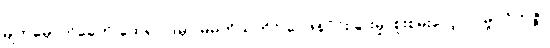
မျက်မှောက်ခေတ် ထေရဝါဒမှာ မိမိကိုယ်တိုင် ဝေဖန်ပိုင်းခြားမှု၊ စူးစမ်းလေ့လာမှု (ဝိဘဇ္ဇ)